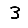
Digit: 3